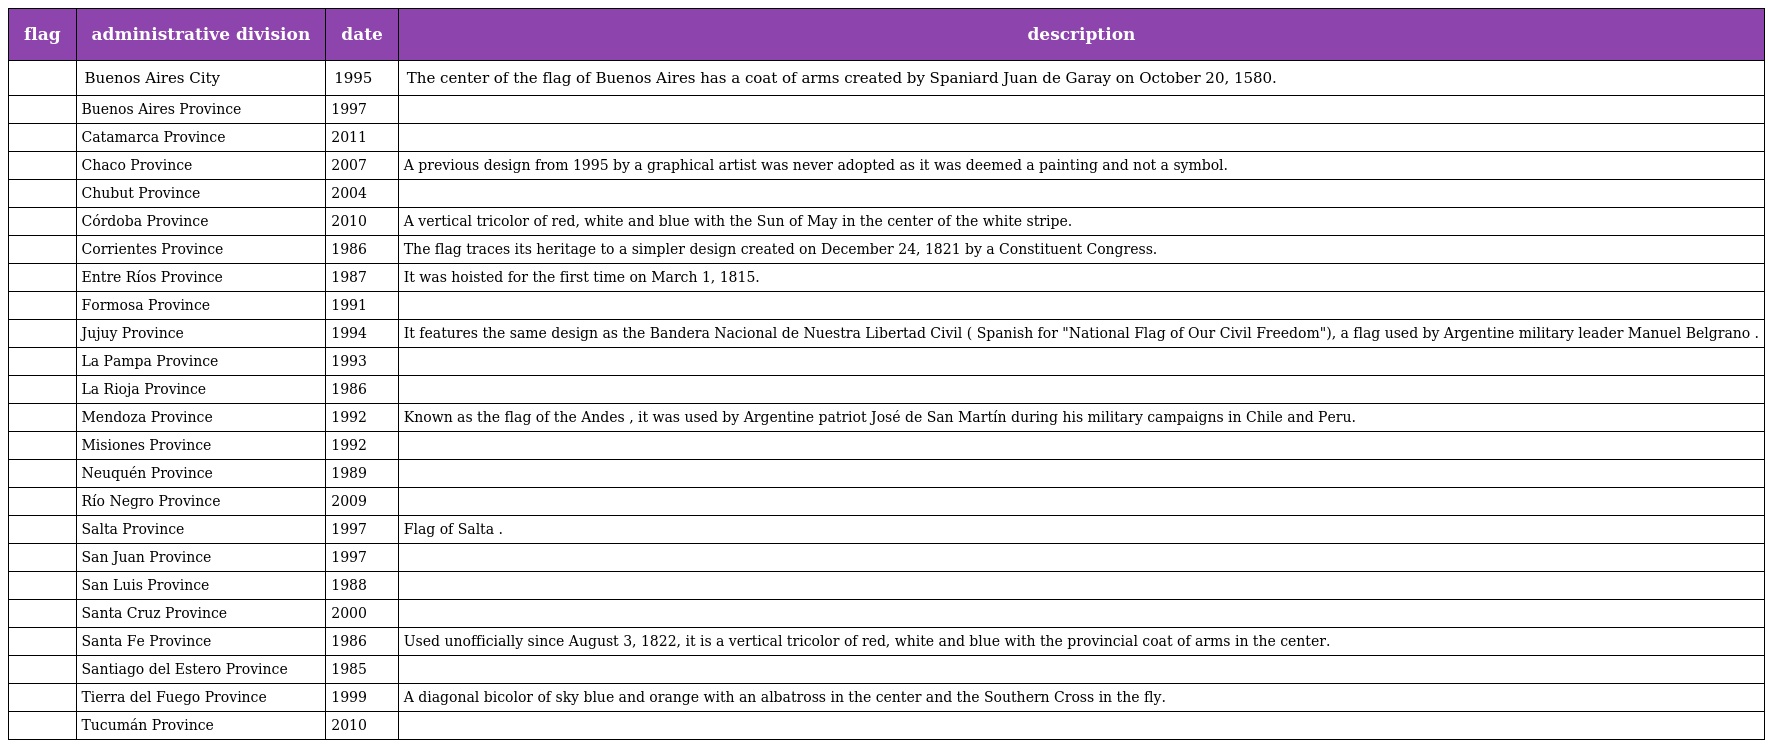
| flag | administrative division | date | description |
 | --- | --- | --- | --- |
 |  | Buenos Aires City | 1995 | The center of the flag of Buenos Aires has a coat of arms created by Spaniard Juan de Garay on October 20, 1580. |
 |  | Buenos Aires Province | 1997 |  |
 |  | Catamarca Province | 2011 |  |
 |  | Chaco Province | 2007 | A previous design from 1995 by a graphical artist was never adopted as it was deemed a painting and not a symbol. |
 |  | Chubut Province | 2004 |  |
 |  | Córdoba Province | 2010 | A vertical tricolor of red, white and blue with the Sun of May in the center of the white stripe. |
 |  | Corrientes Province | 1986 | The flag traces its heritage to a simpler design created on December 24, 1821 by a Constituent Congress. |
 |  | Entre Ríos Province | 1987 | It was hoisted for the first time on March 1, 1815. |
 |  | Formosa Province | 1991 |  |
 |  | Jujuy Province | 1994 | It features the same design as the Bandera Nacional de Nuestra Libertad Civil ( Spanish for "National Flag of Our Civil Freedom"), a flag used by Argentine military leader Manuel Belgrano . |
 |  | La Pampa Province | 1993 |  |
 |  | La Rioja Province | 1986 |  |
 |  | Mendoza Province | 1992 | Known as the flag of the Andes , it was used by Argentine patriot José de San Martín during his military campaigns in Chile and Peru. |
 |  | Misiones Province | 1992 |  |
 |  | Neuquén Province | 1989 |  |
 |  | Río Negro Province | 2009 |  |
 |  | Salta Province | 1997 | Flag of Salta . |
 |  | San Juan Province | 1997 |  |
 |  | San Luis Province | 1988 |  |
 |  | Santa Cruz Province | 2000 |  |
 |  | Santa Fe Province | 1986 | Used unofficially since August 3, 1822, it is a vertical tricolor of red, white and blue with the provincial coat of arms in the center. |
 |  | Santiago del Estero Province | 1985 |  |
 |  | Tierra del Fuego Province | 1999 | A diagonal bicolor of sky blue and orange with an albatross in the center and the Southern Cross in the fly. |
 |  | Tucumán Province | 2010 |  |